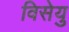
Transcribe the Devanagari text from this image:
विसेयु